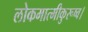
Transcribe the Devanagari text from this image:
लोकमात्मीकुरूष्व।